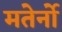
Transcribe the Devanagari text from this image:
मतेर्नो